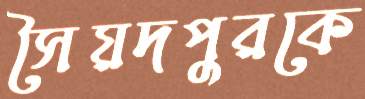
সৈয়দপুরকে